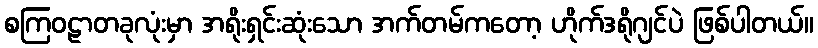
စကြဝဠာတခုလုံးမှာ အရိုးရှင်းဆုံးသော အက်တမ်ကတော့ ဟိုက်ဒရိုဂျင်ပဲ ဖြစ်ပါတယ်။